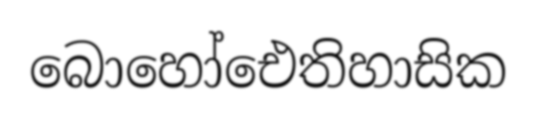
බොහෝඓතිහාසික